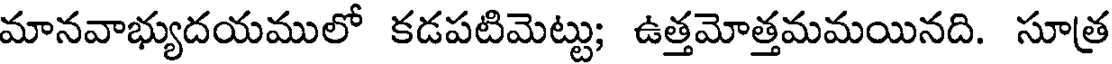
మానవాభ్యుదయములో కడపటిమెట్టు; ఉత్తమోత్తమమయినది. సూత్ర